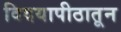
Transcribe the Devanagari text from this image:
विदयापीठातून